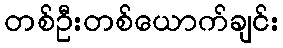
တစ်ဦးတစ်ယောက်ချင်း